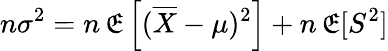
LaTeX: n\sigma^{2}=n\operatorname{\mathfrak{E}}\left[({\overline{{{X}}}}-\mu)^{2}\right]+n\operatorname{\mathfrak{E}}[S^{2}]